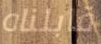
قابلناه